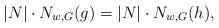
LaTeX: \begin{align*}|N|\cdot N_{w,G}(g)=|N|\cdot N_{w,G}(h),\end{align*}